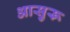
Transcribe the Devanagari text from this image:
आसुरू